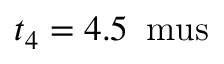
t _ { 4 } = 4 . 5 \, \mathrm { \ m u s }